Report on the lunatic asylums under the Government of Bombay - 1904-1913
Year: 1904
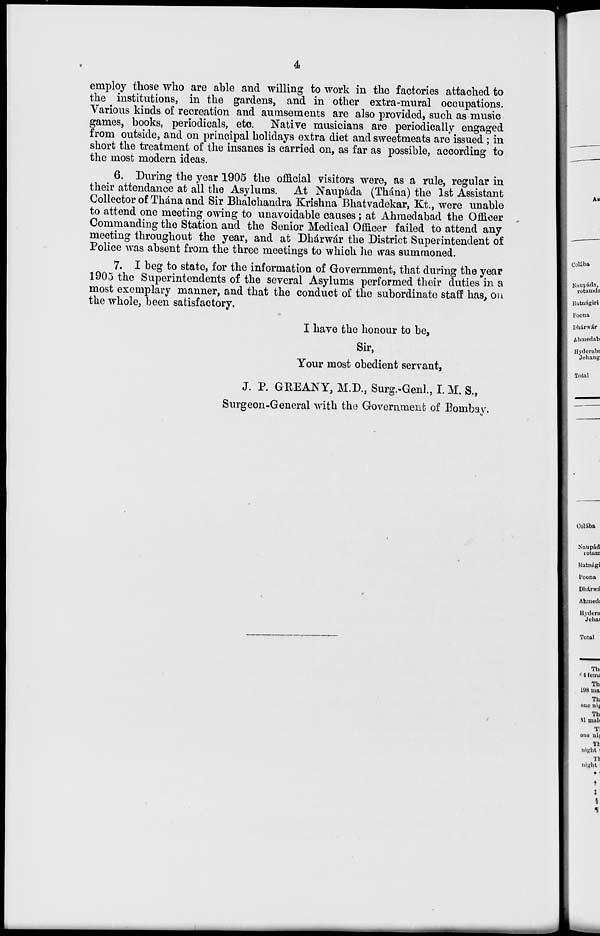
4
employ those who are able and willing to work in the factories attached to
the institutions, in the gardens, and in other extra-mural occupations.
Various kinds of recreation and aumsements are also provided, such as music
games, books, periodicals, etc. Native musicians are periodically engaged
from outside, and on principal holidays extra diet and sweetmeats are issued ; in
short the treatment of the insanes is carried on, as far as possible, according to
the most modern ideas.
6. During the year 1905 the official visitors were, as a rule, regular in
their attendance at all the Asylums. At Naupáda (Thána) the 1st Assistant
Collector of Thána and Sir Bhalchandra Krishna Bhatvadekar, Kt., were unable
to attend one meeting owing to unavoidable causes; at Ahmedabad the Officer
Commanding the Station and the Senior Medical Officer failed to attend any
meeting throughout the year, and at Dhárwár the District Superintendent of
Police was absent from the three meetings to which he was summoned.
7. I beg to state, for the information of Government, that during the year
1905 the Superintendents of the several Asylums performed their duties in a
most exemplary manner, and that the conduct of the subordinate staff has, on
the whole, been satisfactory.
I have the honour to be,
Sir,
Your most obedient servant,
J. P. GREANY, M.D., Surg.-Genl., I. M. S.,
Surgeon-General with the Government of Bombay.